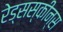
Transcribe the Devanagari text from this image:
रेड्सस्कीन्स